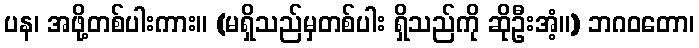
ပန၊ အဖို့တစ်ပါးကား။ (မရှိသည်မှတစ်ပါး ရှိသည်ကို ဆိုဦးအံ့။) ဘဂဝတော၊